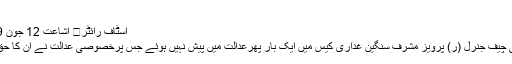
فائل فوٹو
اسٹاف رائٹر	 اشاعت 12 جون 2019 - 18:05
سابق صدروآرمی چیف جنرل (ر) پرویز مشرف سنگین غداری کیس میں ایک بار پھرعدالت میں پیش نہیں ہوئے جس پرخصوصی عدالت نے ان کا حق دفاع ختم کردیا۔